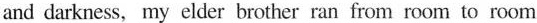
and darkness, my clder brother ran from room to room